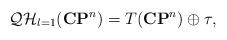
LaTeX: \begin{align*}{\cal QH}_{l=1}({\bf CP}^n)=T({\bf CP}^n)\oplus\tau,\end{align*}